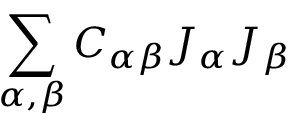
\sum _ { \alpha , \beta } C _ { \alpha \beta } J _ { \alpha } J _ { \beta }